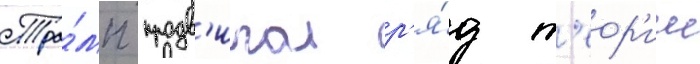
Тра́мп продв'игал р'я́д т'еор'ии